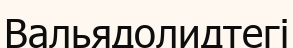
Вальядолидтегі